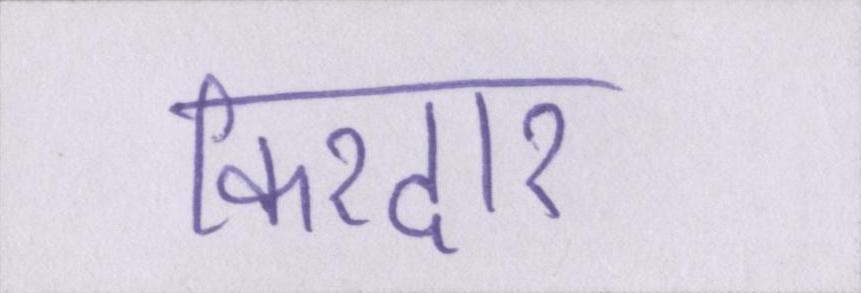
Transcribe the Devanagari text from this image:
किरदार